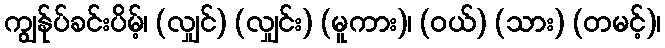
ကျွန်ုပ်ခင်းပိမ့်၊ (လျှင်) (လျှင်း) (မူကား)၊ (ဝယ်) (သား) (တမင့်)၊